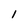
Character: l